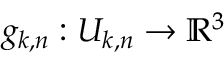
g _ { k , n } : U _ { k , n } \to \mathbb { R } ^ { 3 }